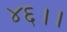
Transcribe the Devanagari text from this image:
४६।।